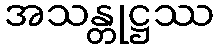
အသန္တုဋ္ဌဿ